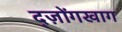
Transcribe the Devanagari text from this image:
द्ज़ोंगखाग